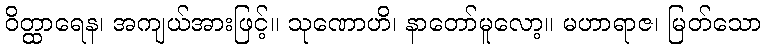
ဝိတ္ထာရေန၊ အကျယ်အားဖြင့်။ သုဏောဟိ၊ နာတော်မူလော့။ မဟာရာဇ၊ မြတ်သော